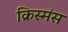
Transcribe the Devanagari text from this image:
क्रिस्मंस